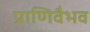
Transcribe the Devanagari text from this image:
प्राणिवैभव